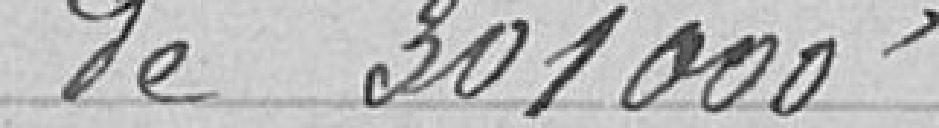
de 301 000 francs